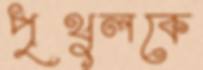
পৃথুলকে